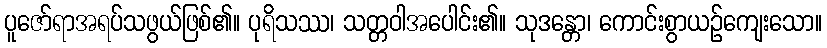
ပူဇော်ရာအရပ်သဖွယ်ဖြစ်၏။ ပုရိသဿ၊ သတ္တဝါအပေါင်း၏။ သုဒန္တော၊ ကောင်းစွာယဉ်ကျေးသော။